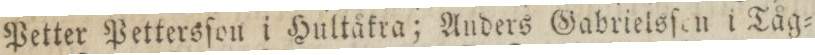
Petter Pettersſon i Hultåkra; Anders Gabrielsſen i Tåg=